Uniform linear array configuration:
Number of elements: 24
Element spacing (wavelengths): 0.75
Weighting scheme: cosine
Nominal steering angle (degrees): -30
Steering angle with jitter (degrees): -28.2
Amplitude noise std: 0.05
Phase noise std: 0.05

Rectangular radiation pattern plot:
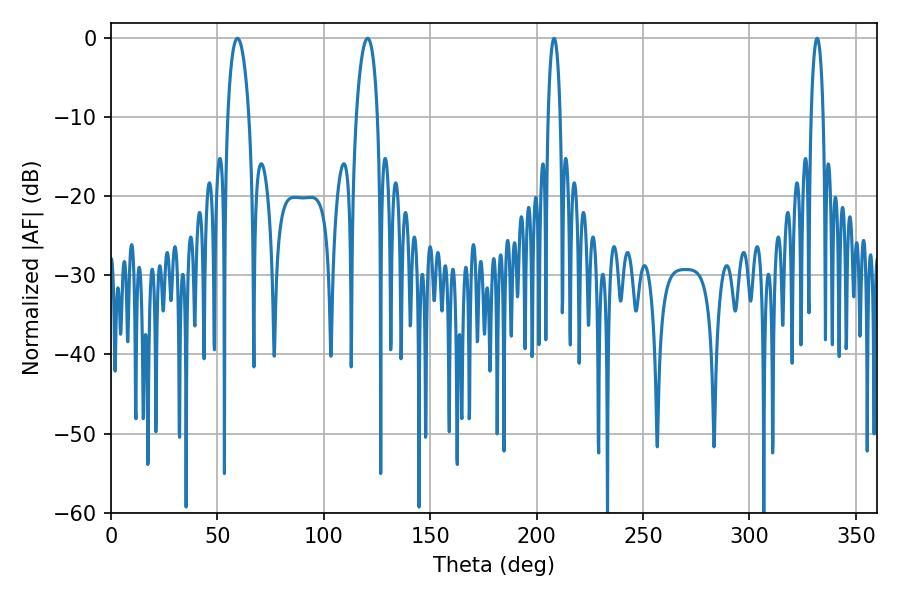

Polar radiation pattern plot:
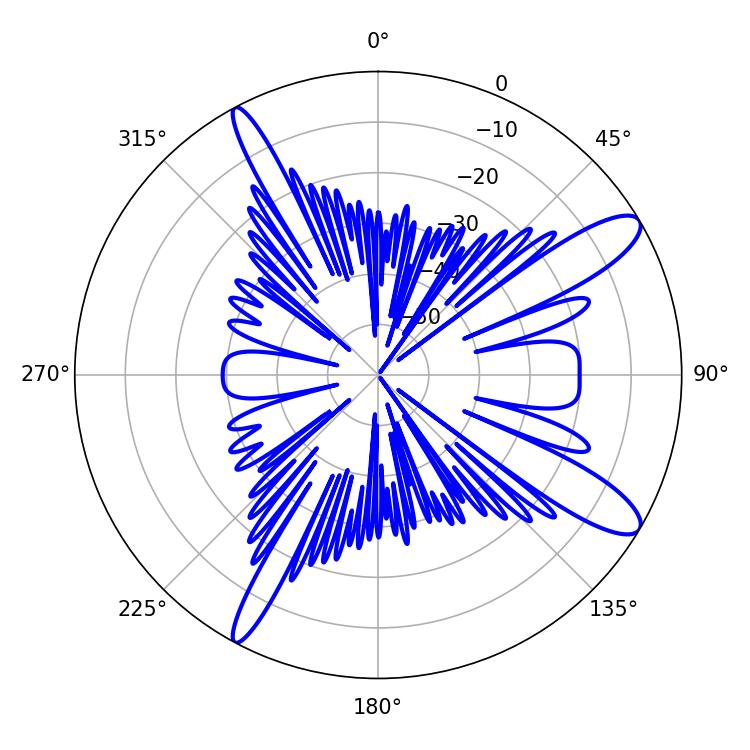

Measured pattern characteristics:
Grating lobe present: TRUE
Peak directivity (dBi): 11.859
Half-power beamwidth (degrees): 5.76
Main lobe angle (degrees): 59.4